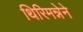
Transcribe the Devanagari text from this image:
थिरिमन्नेने